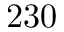
2 3 0